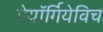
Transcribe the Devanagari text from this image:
गेयॉर्गियेविच